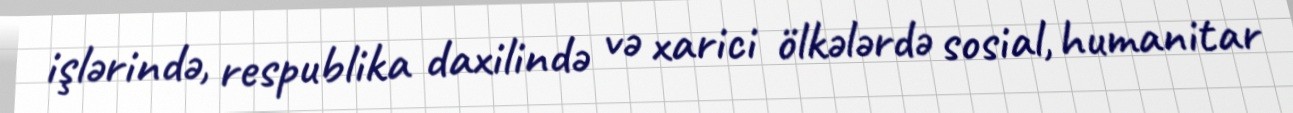
işlərində, respublika daxilində və xarici ölkələrdə sosial, humanitar